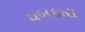
ઘબકારા